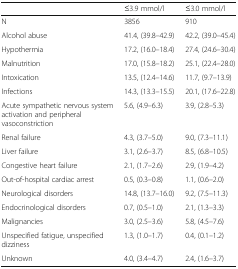
|  | ≤3.9 mmol/l | ≤3.0 mmol/l |
 | --- | --- | --- |
 | N | 3856 | 910 |
 | Alcohol abuse | 41.4, (39.8–42.9) | 42.2, (39.0–45.4) |
 | Hypothermia | 17.2, (16.0–18.4) | 27.4, (24.6–30.4) |
 | Malnutrition | 17.0, (15.8–18.2) | 25.1, (22.4–28.0) |
 | Intoxication | 13.5, (12.4–14.6) | 11.7, (9.7–13.9) |
 | Infections | 14.3, (13.3–15.5) | 20.1, (17.6–22.8) |
 | Acute sympathetic nervous system activation and peripheral vasoconstriction | 5.6, (4.9–6.3) | 3.9, (2.8–5.3) |
 | Renal failure | 4.3, (3.7–5.0) | 9.0, (7.3–11.1) |
 | Liver failure | 3.1, (2.6–3.7) | 8.5, (6.8–10.5) |
 | Congestive heart failure | 2.1, (1.7–2.6) | 2.9, (1.9–4.2) |
 | Out-of-hospital cardiac arrest | 0.5, (0.3–0.8) | 1.1, (0.6–2.0) |
 | Neurological disorders | 14.8, (13.7–16.0) | 9.2, (7.5–11.3) |
 | Endocrinological disorders | 0.7, (0.5–1.0) | 2.1, (1.3–3.3) |
 | Malignancies | 3.0, (2.5–3.6) | 5.8, (4.5–7.6) |
 | Unspecified fatigue, unspecified dizziness | 1.3, (1.0–1.7) | 0.4, (0.1–1.2) |
 | Unknown | 4.0, (3.4–4.7) | 2.4, (1.6–3.7) |